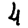
Digit: 4